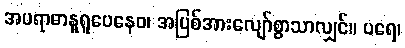
အပရာဓာနူရူပေနေဝ၊ အပြစ်အားလျော်စွာသာလျှင်။ ပရေ၊